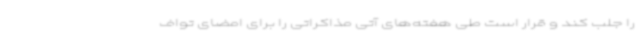
را جلب کند و قرار است طی هفته‌های آتی مذاکراتی را برای امضای تواف